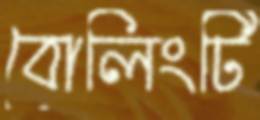
বোলিংটি